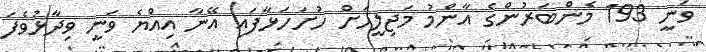
ވަނީ 193 މެންބަރުންގެ އާންމު މަޖިލީހަށް ހުށަހަޅާފައި އޭނާ އިއްޔެ ވަނީ ވިދާޅުވެފަ